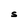
Character: S